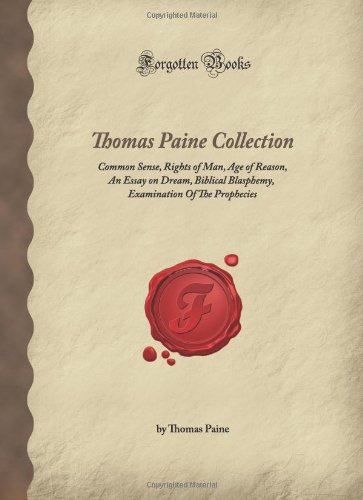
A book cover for Thomas Paine Collection: Common Sense, Rights of Man, Age of Reason, An Essay on Dream, Biblical Blasphemy, Examination Of The Prophecies (Forgotten Books); Thomas Paine; Politics & Social Sciences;